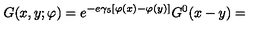
G ( x , y ; \varphi ) = e ^ { - e \gamma _ { 5 } [ \varphi ( x ) - \varphi ( y ) ] } G ^ { 0 } ( x - y ) =